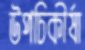
উপচিকীর্ষা